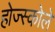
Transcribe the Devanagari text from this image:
होज्स्कोले